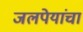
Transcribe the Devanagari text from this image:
जलपेयांचा